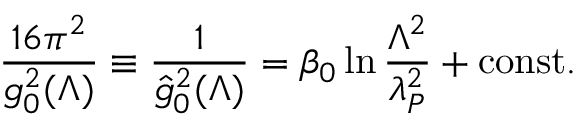
{ \frac { 1 6 \pi ^ { 2 } } { g _ { 0 } ^ { 2 } ( \Lambda ) } } \equiv { \frac { 1 } { \hat { g } _ { 0 } ^ { 2 } ( \Lambda ) } } = \beta _ { 0 } \ln { \frac { \Lambda ^ { 2 } } { \lambda _ { P } ^ { 2 } } } + \mathrm { c o n s t . }